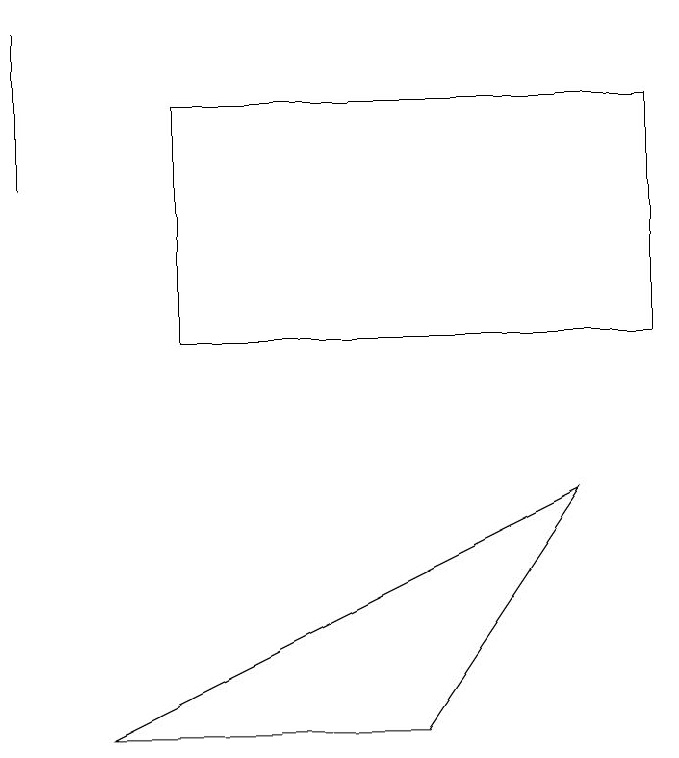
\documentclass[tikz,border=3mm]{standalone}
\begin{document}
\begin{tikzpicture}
\draw (1,15) rectangle (1,13);
\draw (3,11) rectangle (9,14);
\draw (8,9) -- (2,6) -- (6,6) -- cycle;
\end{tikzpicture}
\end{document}